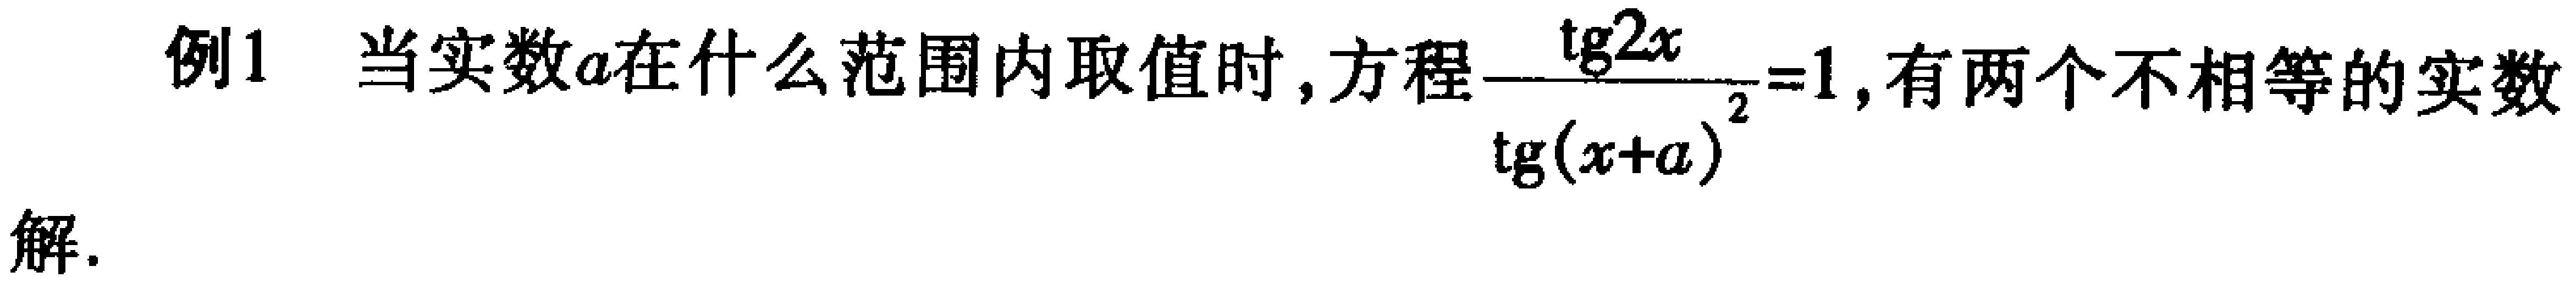
例1 当实数\(a\)在什么范围内取值时，方程\(\frac{\text{tg}2x}{\text{tg}^2(x + a)} = 1\)，有两个不相等的实数

解.